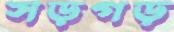
সড়গড়